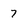
Character: 7